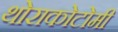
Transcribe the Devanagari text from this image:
थोराकोटोमी